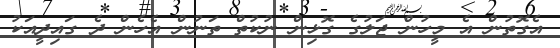
އެގޮތުން އެ މީހުން ޖަލުގެ ގޮޅިން ނުކުތް ތަނުން އެހެން ދެ ގައިދީއަކު